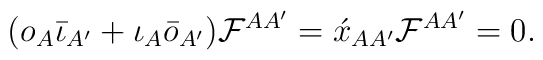
(o_A\bar{\iota}_{A'}+\iota_A\bar{o}_{A'}){\cal F}^{AA'} =\acute{x}_{AA'}{\cal F}^{AA'} = 0.